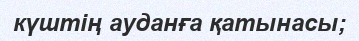
күштің ауданға қатынасы;